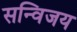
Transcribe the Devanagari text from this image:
सन्विजय